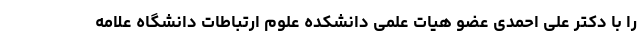
را با دکتر علی احمدی عضو هیات علمی دانشکده علوم ارتباطات دانشگاه علامه